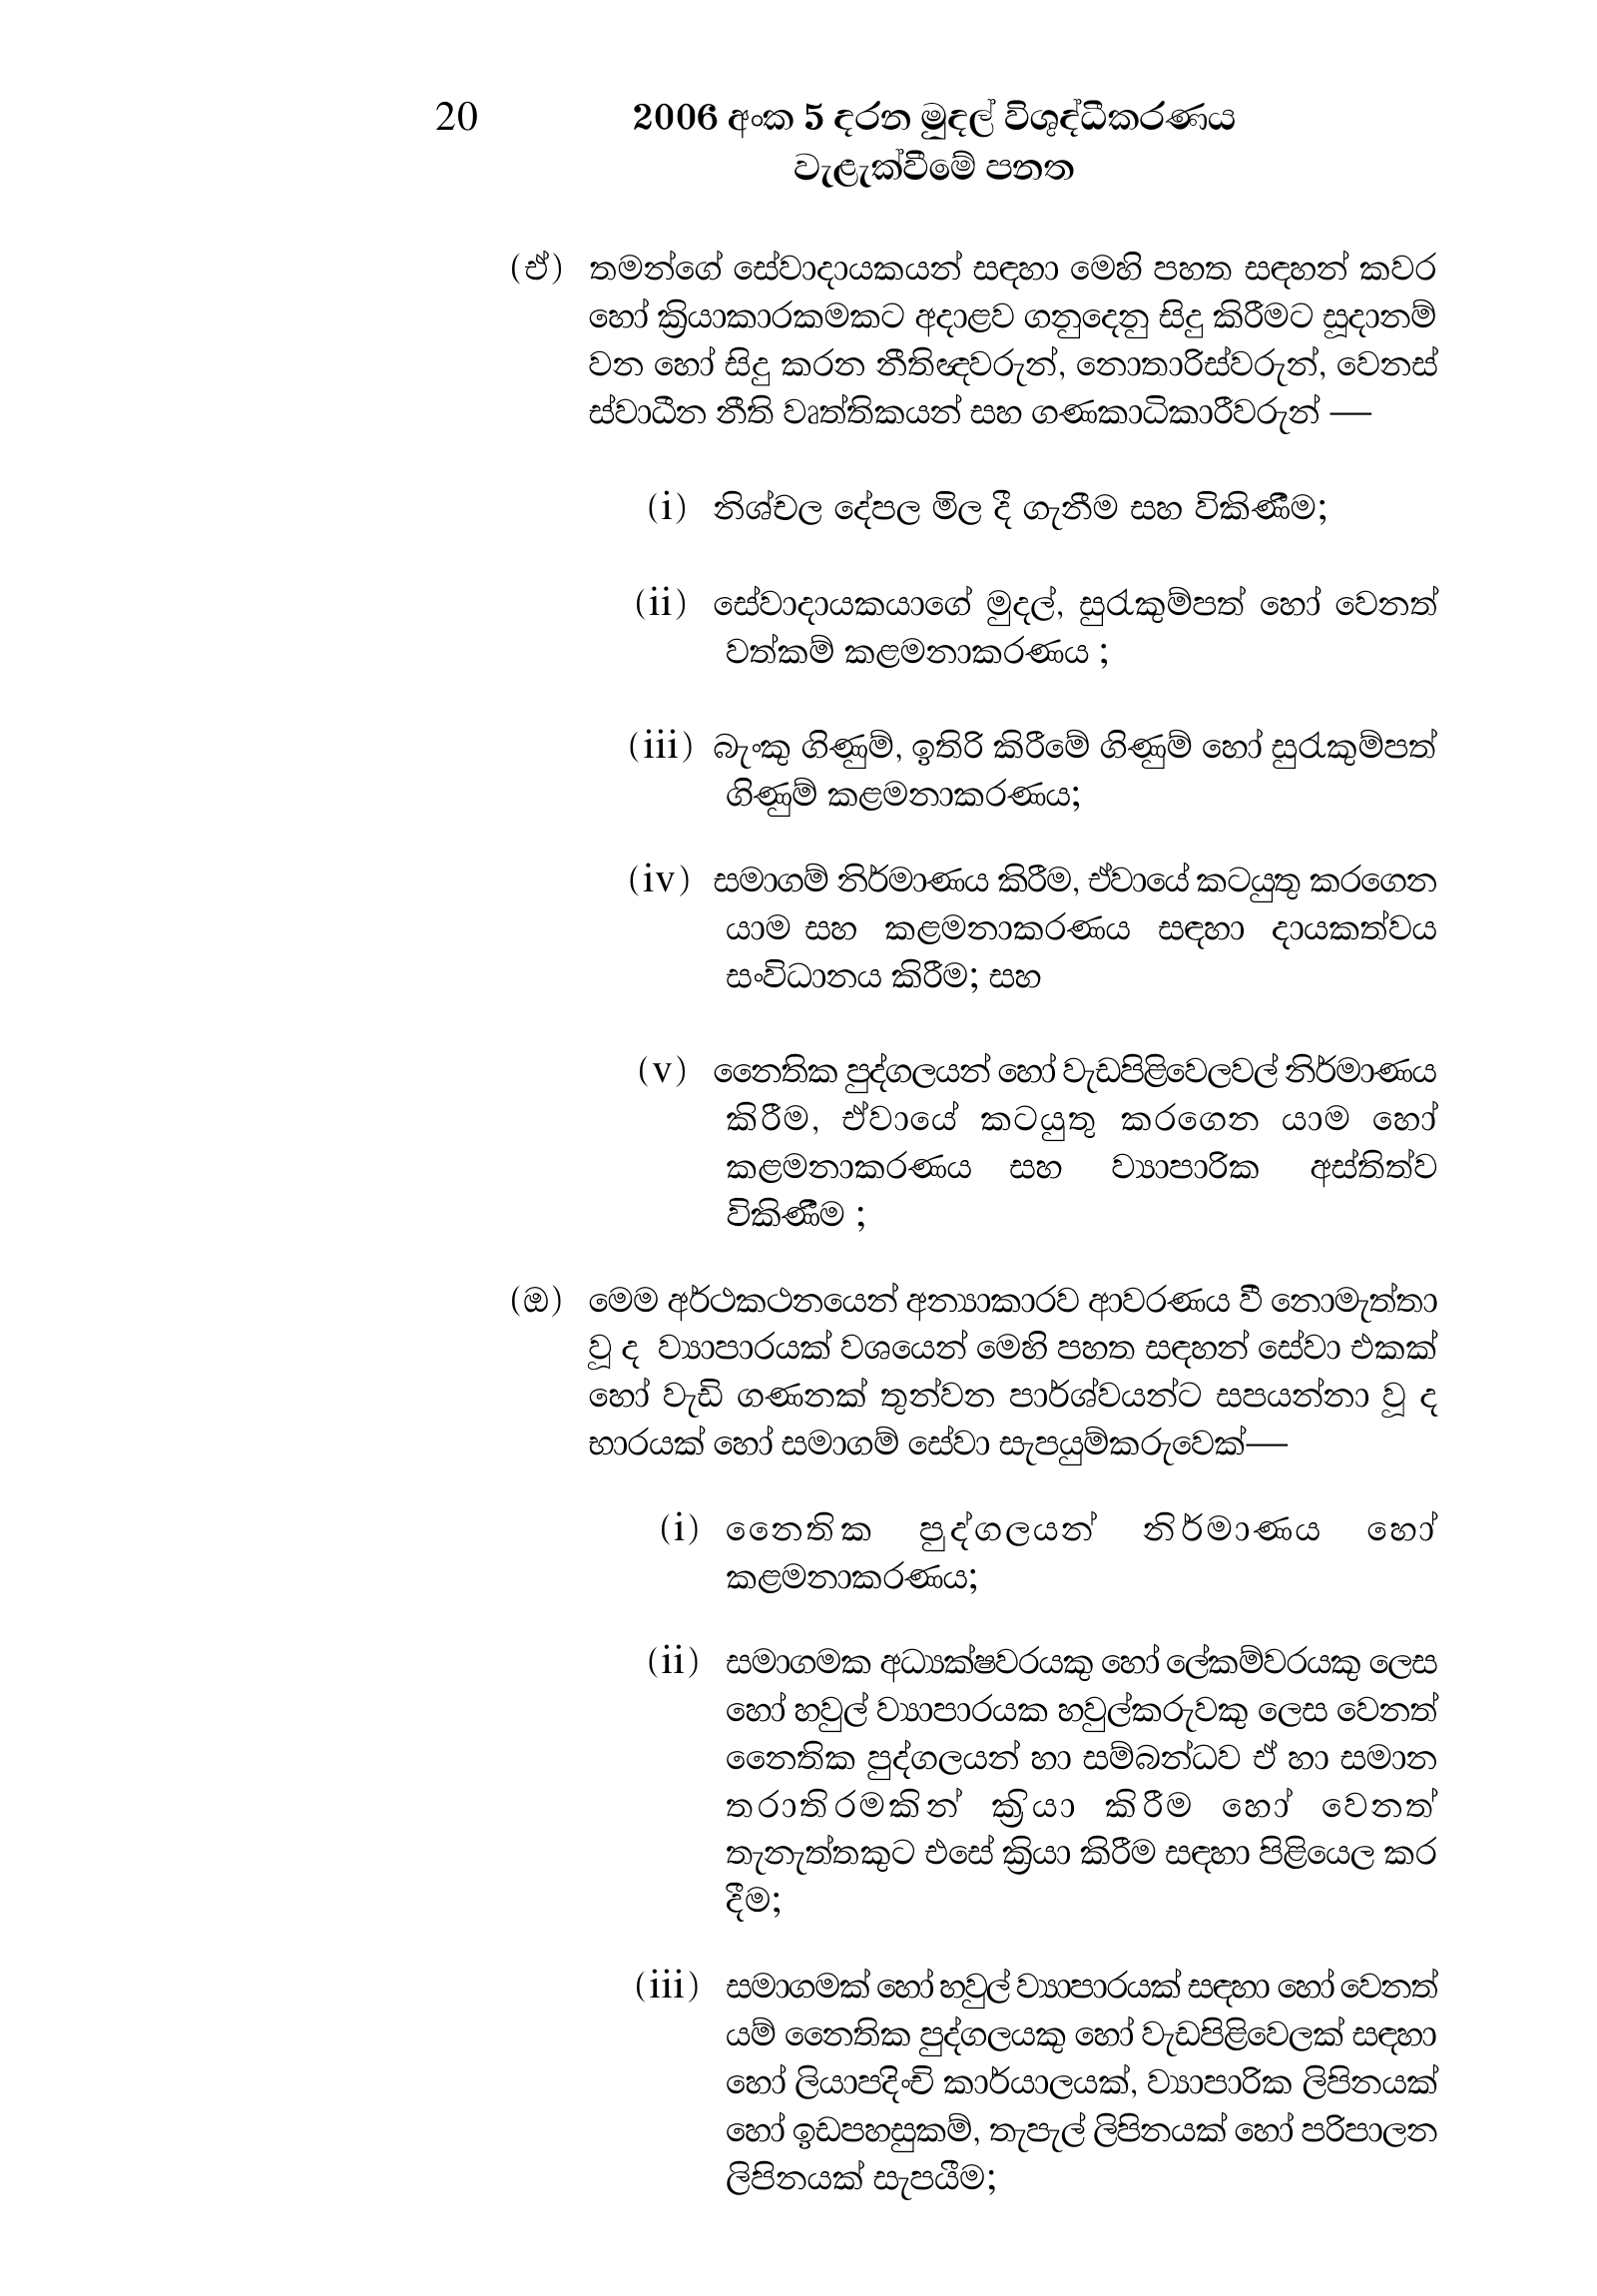
20 2006 අංක 5 දරන මුදල් විශුද්ධීකරණය
වැළැක්වීමේ පනත

(ඒ) තමන්ගේ සේවාදායකයන් සඳහා මෙහි පහත සඳහන් කවර
හෝ ක්‍රියාකාරකමකට අදාළව ගනුදෙනු සිදු කිරීමට සූදානම්
වන හෝ සිදු කරන නීතිඥවරුන්, නොතාරිස්වරුන්, වෙනස්
ස්වාධීන නීති වෘත්තිකයන් සහ ගණකාධිකාරීවරුන් –

(i) නිශ්චල දේපල මිල දී ගැනීම සහ විකිණීම;

(ii) සේවාදායකයාගේ මුදල්, සුරැකුම්පත් හෝ වෙනත්
වත්කම් කළමනාකරණය ;

(iii) බැංකු ගිණුම්, ඉතිරි කිරීමේ ගිණුම් හෝ සුරැකුම්පත්
ගිණුම් කළමනාකරණය;

(iv) සමාගම් නිර්මාණය කිරීම, ඒවායේ කටයුතු කරගෙන
යාම සහ කළමනාකරණය සඳහා දායකත්වය
සංවිධානය කිරීම; සහ

(v) නෛතික පුද්ගලයන් හෝ වැඩපිළිවෙලවල් නිර්මාණය
කිරීම, ඒවායේ කටයුතු කරගෙන යාම හෝ
කළමනාකරණය සහ ව්‍යාපාරික අස්තිත්ව
විකිණීම ;

(ඔ) මෙම අර්ථකථනයෙන් අන්‍යාකාරව ආවරණය වී නොමැත්තා
වූ ද ව්‍යාපාරයක් වශයෙන් මෙහි පහත සඳහන් සේවා එකක්
හෝ වැඩි ගණනක් තුන්වන පාර්ශ්වයන්ට සපයන්නා වූ ද
භාරයක් හෝ සමාගම් සේවා සැපයුම්කරුවෙක්—

(i) නෛතික පුද්ගලයන් නිර්මාණය හෝ
කළමනාකරණය;

(ii) සමාගමක අධ්‍යක්ෂවරයකු හෝ ලේකම්වරයකු ලෙස
හෝ හවුල් ව්‍යාපාරයක හවුල්කරුවකු ලෙස වෙනත්
නෛතික පුද්ගලයන් හා සම්බන්ධව ඒ හා සමාන
තරාතිරමකින් ක්‍රියා කිරීම හෝ වෙනත්
තැනැත්තකුට එසේ ක්‍රියා කිරීම සඳහා පිළියෙල කර
දීම;

(iii) සමාගමක් හෝ හවුල් ව්‍යාපාරයක් සඳහා හෝ වෙනත්
යම් නෛතික පුද්ගලයකු හෝ වැඩපිළිවෙලක් සඳහා
හෝ ලියාපදිංචි කාර්යාලයක්, ව්‍යාපාරික ලිපිනයක්
හෝ ඉඩපහසුකම්, තැපැල් ලිපිනයක් හෝ පරිපාලන
ලිපිනයක් සැපයීම;